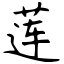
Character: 莲